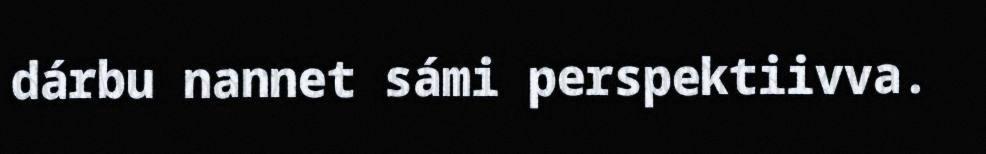
dárbu nannet sámi perspektiivva.